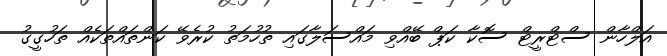
އަލްހާން ސްޓްރީޓް ސޮކާ ކަޕް ބޭއްވި މައްސަލާގައި ތުހުމަތު ކުރެވޭ ކަންތައްތަކެއް ތަހުގީގު